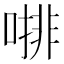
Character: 𠼕